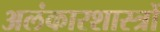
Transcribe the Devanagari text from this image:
अलंकारशास्त्रों